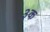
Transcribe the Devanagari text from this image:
३क